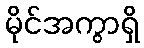
မိုင်အကွာရှိ